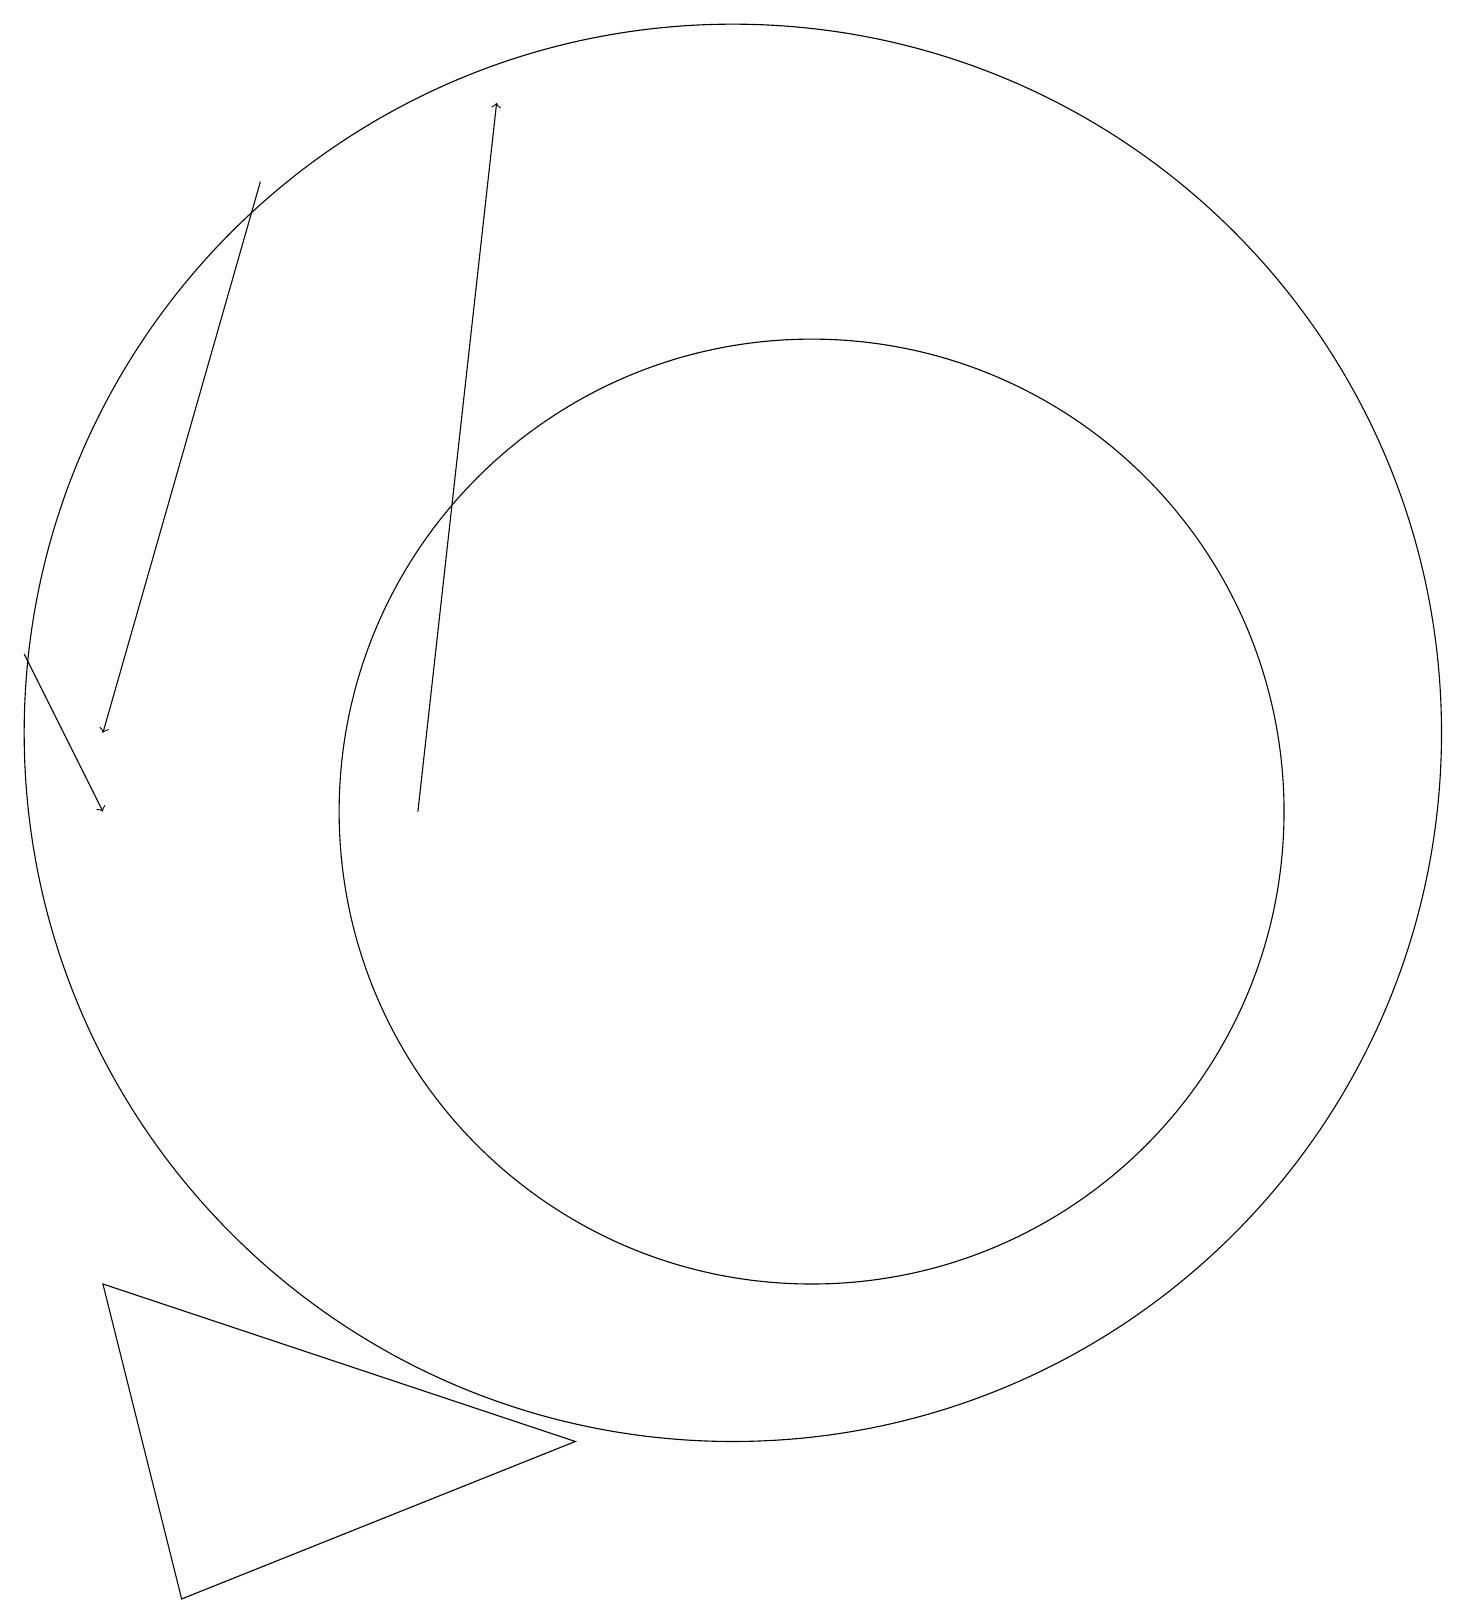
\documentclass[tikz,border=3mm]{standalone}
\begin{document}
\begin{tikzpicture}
\draw[->] (4,18) -- (2,11);
\draw (11,10) circle (6);
\draw[->] (1,12) -- (2,10);
\draw[->] (6,10) -- (7,19);
\draw (10,11) circle (9);
\draw (8,2) -- (2,4) -- (3,0) -- cycle;
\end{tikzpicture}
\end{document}